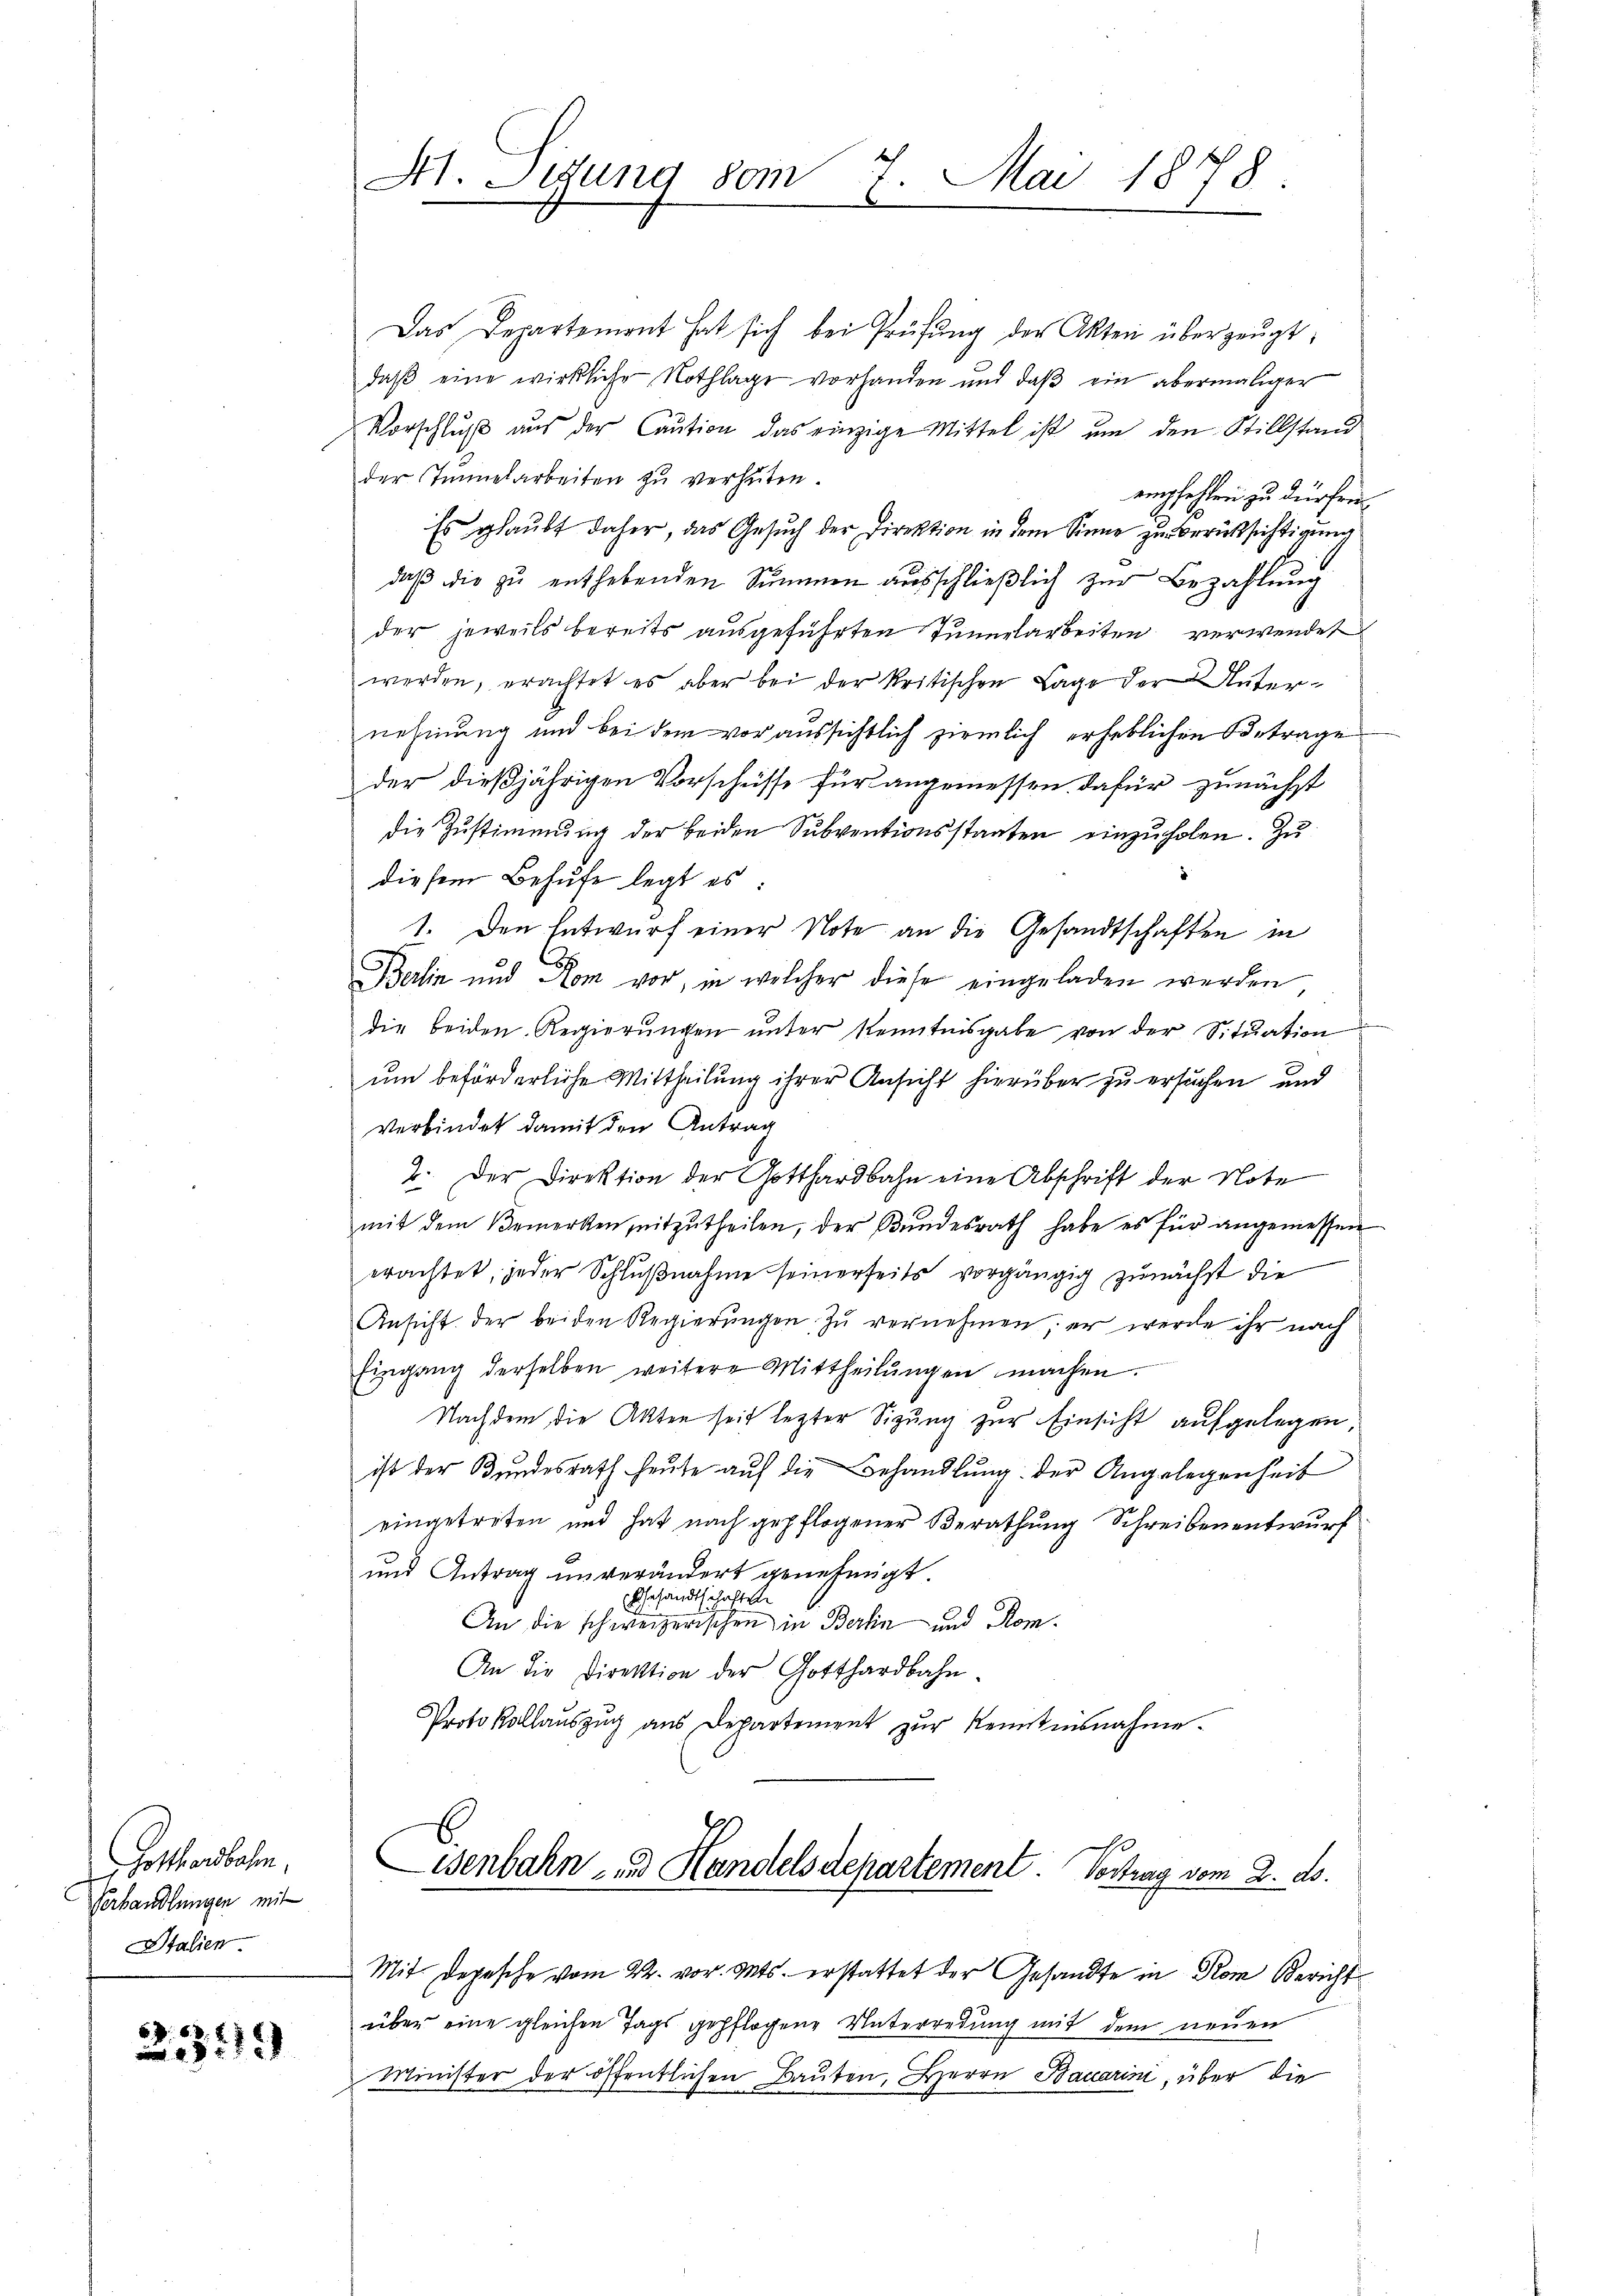
Gotthardbahn.
Verhandlungen mit
Italien

239)

Das Departement hat sich bei Prüfŭng der Akten überzeŭgt:
daβ eine wirkliche Nothlage vorhanden und daβ ein abermaliger
Vorschluß aus der Caution das einzige Mittel ist um den Stillstand
der Tennelarbeiten zu verhüten.
empfehlen zu dürfen.
Es glaubt daher, das Gesuch der Direktion in dem Sinne zur Berüksichtigung
daβ die zŭ enthebenden Summen ausschließlich zur Bezahlung
der jeweils bereits ausgeführten Tunnelarbeiten verwendet
werden, erachtet es aber bei der kritischen Lage der Unternehmung und bei dem vor aussichtlich ziemlich erheblichen Betrage
der dießjährigen Vorschüsse für angemessen dafür zunächst
die Zŭstimmung der beiden Subventionsstaaten einzŭholen. Zŭ
diesem Behufe legt es
1. Den Entwurf einer Note an die Gesandtschaften in
Berlin und Rom vor, in welcher diese eingeladen werden
die beiden Regierŭngen ŭnter Kenntnisgabe von der Sitŭation
um beförderliche Mittheilung ihrer Ansicht hierüber zu ersuchen und
verbindet damit den Antrag
2. Der Direktion der Gotthardbahn eine Abschrift der Note
mit dem Bemerken mitzŭtheilen, der Bŭndesrath habe es für angemessen
erachtet, jeder Schlußnahme seinerseits vorgängig zunächst die
Ansicht der beiden Regierŭngen zŭ vernehmen, er werde ihr nach
Eingang derselben weitere Mittheilungen machen.
Nachdem die Akten seit lezter Sizung zur Einsicht aufgelegen,
ist der Bundesrath heute auf die Behandlung der Angelegenheit
eingetreten und hat nach gepflogener Berathung Schreibenentwurf
und Antrag unverändert genehmigt
Gesandtschaften
An die schweizerischen in Berlin und Rom.
An die Direktion der Gotthardbahn-
Protokollaŭszŭg aŭs Departement zŭr Kenntnisnahme.

At. Sitzung vom 7. Mai 1878.

Minister der öffentlichen Bauten, Herrn Bauarini, über die

Lisenbahn- und Handelsdepartement. Vortrag vom 2. ds.

Mit Depesche vom 22. vor. Mts. erstattet der Gesandte in dem Bericht
über eine gleichen Tags gepflogene Vaterredung mit dem neuen